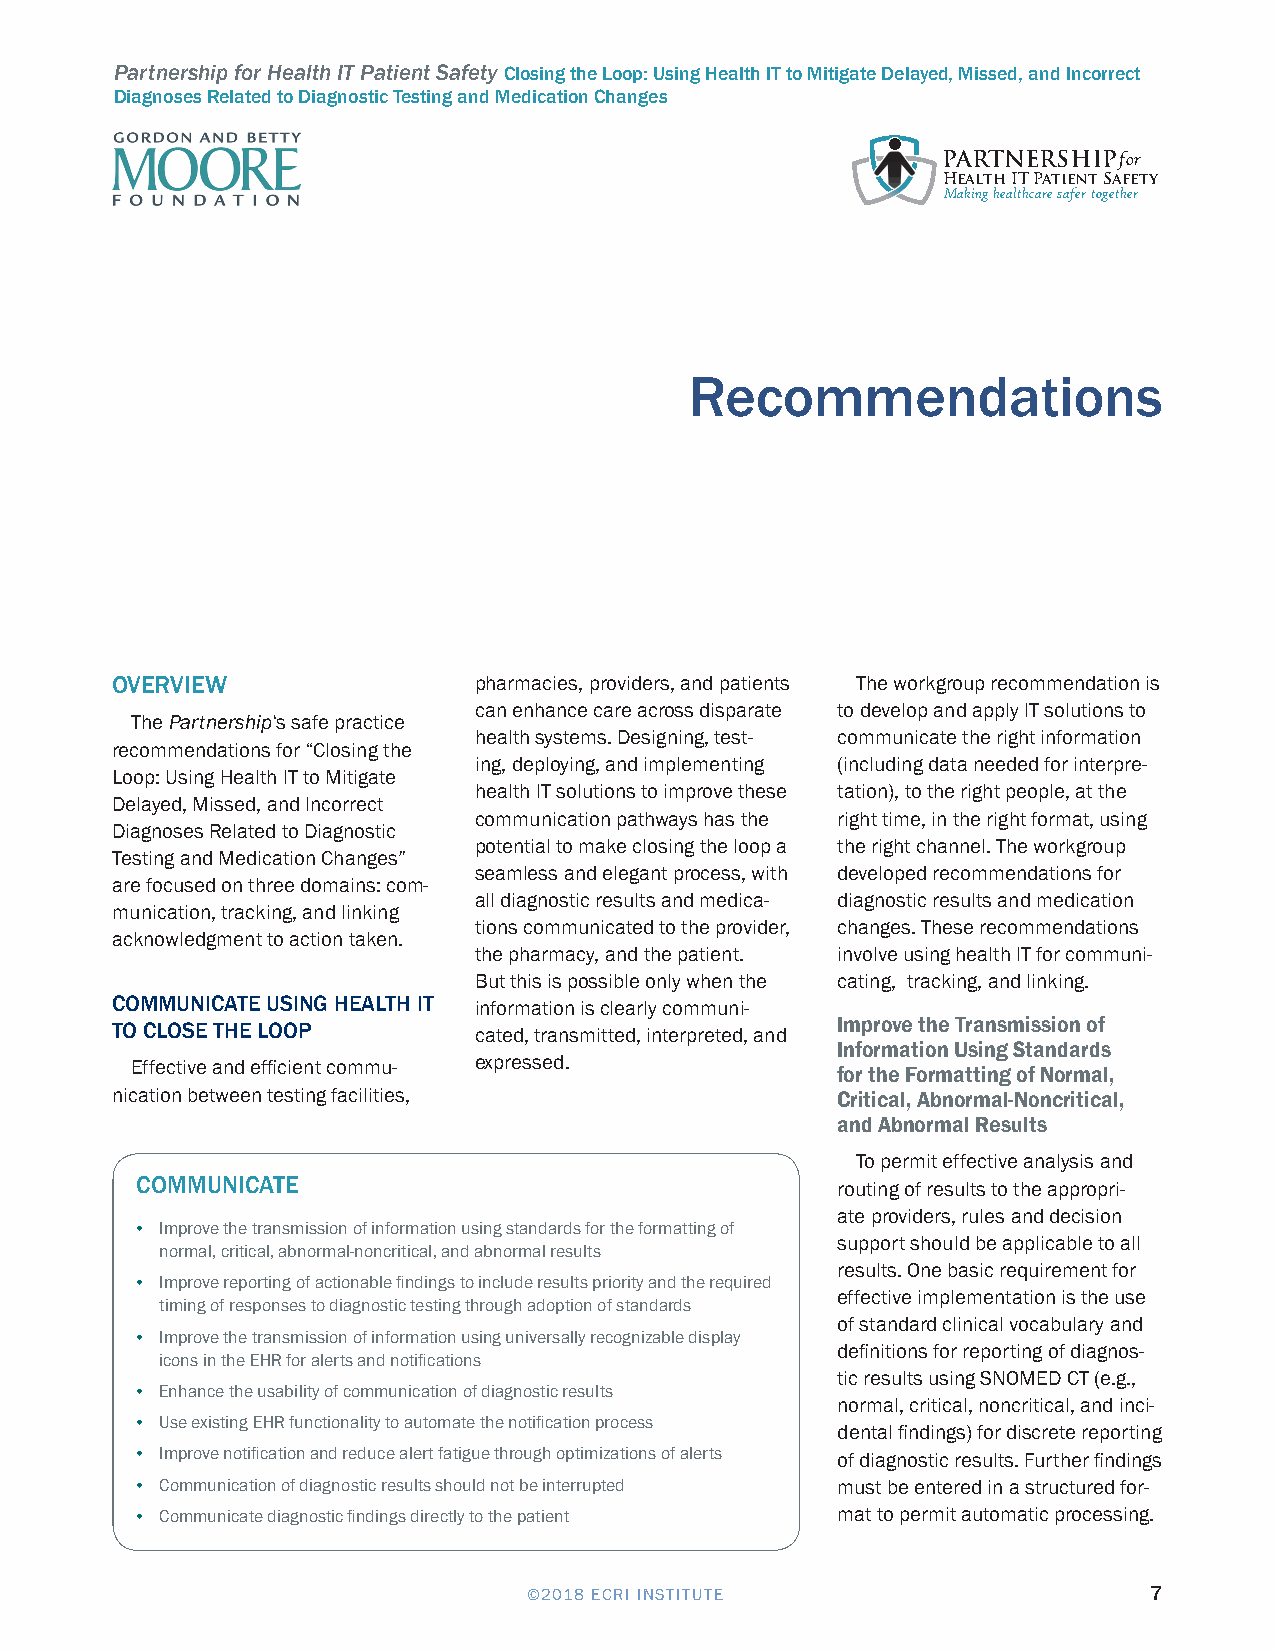
Partnership for Health IT Patient Safety Closing the Loop: Using Health IT to Mitigate Delayed, Missed, and Incorrect
 Diagnoses Related to Diagnostic Testing and Medication Changes
 PARTNERSHIPfor
 Health IT Patient Safety
 Making healthcare safer together
 Recommendations
 OVERVIEW                pharmacies, providers, and patients The workgroup recommendation is
 can enhance care across disparate to develop and apply IT solutions to
 The Partnership‘s safe practice
 health systems. Designing, test- communicate the right information
 recommendations for “Closing the
 ing, deploying, and implementing (including data needed for interpre-
 Loop: Using Health IT to Mitigate
 health IT solutions to improve these tation), to the right people, at the
 Delayed, Missed, and Incorrect
 communication pathways has the right time, in the right format, using
 Diagnoses Related to Diagnostic
 potential to make closing the loop a the right channel. The workgroup
 Testing and Medication Changes”
 seamless and elegant process, with developed recommendations for
 are focused on three domains: com-
 all diagnostic results and medica- diagnostic results and medication
 munication, tracking, and linking
 tions communicated to the provider, changes. These recommendations
 acknowledgment to action taken.
 the pharmacy, and the patient. involve using health IT for communi-
 But this is possible only when the cating, tracking, and linking.
 COMMUNICATE USING HEALTH IT
 information is clearly communi-
 TO CLOSE THE LOOP                               Improve the Transmission of
 cated, transmitted, interpreted, and
 Information Using Standards
 Effective and efficient commu- expressed.     for the Formatting of Normal,
 nication between testing facilities,            Critical, Abnormal-Noncritical,
 and Abnormal Results
 To permit effective analysis and
 COMMUNICATE
 routing of results to the appropri-
 ate providers, rules and decision
 • Improve the transmission of information using standards for the formatting of
 support should be applicable to all
 normal, critical, abnormal-noncritical, and abnormal results
 results. One basic requirement for
 • Improve reporting of actionable findings to include results priority and the required
 effective implementation is the use
 timing of responses to diagnostic testing through adoption of standards
 of standard clinical vocabulary and
 • Improve the transmission of information using universally recognizable display
 definitions for reporting of diagnos-
 icons in the EHR for alerts and notifications
 tic results using SNOMED CT (e.g.,
 • Enhance the usability of communication of diagnostic results
 normal, critical, noncritical, and inci-
 • Use existing EHR functionality to automate the notification process
 dental findings) for discrete reporting
 • Improve notification and reduce alert fatigue through optimizations of alerts of diagnostic results. Further findings
 • Communication of diagnostic results should not be interrupted must be entered in a structured for-
 • Communicate diagnostic findings directly to the patient mat to permit automatic processing.
 ©2018 ECRI INSTITUTE                     7